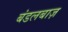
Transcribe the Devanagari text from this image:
बंडलबाज़